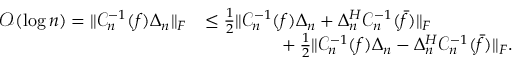
\begin{array} { r l } { \mathcal { O } ( \log { n } ) = \Vert \mathcal { C } _ { n } ^ { - 1 } ( f ) \Delta _ { n } \Vert _ { F } } & { \leq \frac { 1 } { 2 } \Vert \mathcal { C } _ { n } ^ { - 1 } ( f ) \Delta _ { n } + \Delta _ { n } ^ { H } \mathcal { C } _ { n } ^ { - 1 } ( \bar { f } ) \Vert _ { F } } \\ & { \phantom { h s p a c e { 2 p c } } + \frac { 1 } { 2 } \Vert \mathcal { C } _ { n } ^ { - 1 } ( f ) \Delta _ { n } - \Delta _ { n } ^ { H } \mathcal { C } _ { n } ^ { - 1 } ( \bar { f } ) \Vert _ { F } . } \end{array}